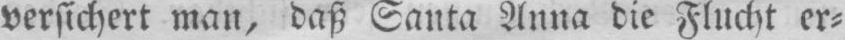
versichert man, daß Santa Anna die Flucht er⸗